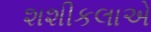
શશીકલાએ